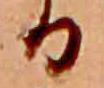
る